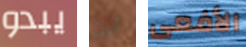
يبدو أنت الأفعى